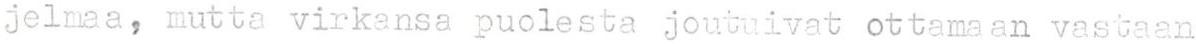
jelmaa, mutta virkansa puolesta joutuivat ottamaan vastaan